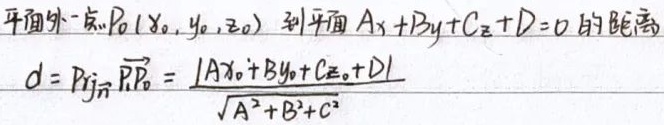
平面外一点\(P_0(x_0,y_0,z_0)\)到平面\(Ax + By + Cz + D = 0\)的距离：
\[d = \mathrm{Prj}_{\vec{n}}\overrightarrow{PP_0}=\frac{\vert Ax_0 + By_0 + Cz_0 + D\vert}{\sqrt{A^{2}+B^{2}+C^{2}}}\]